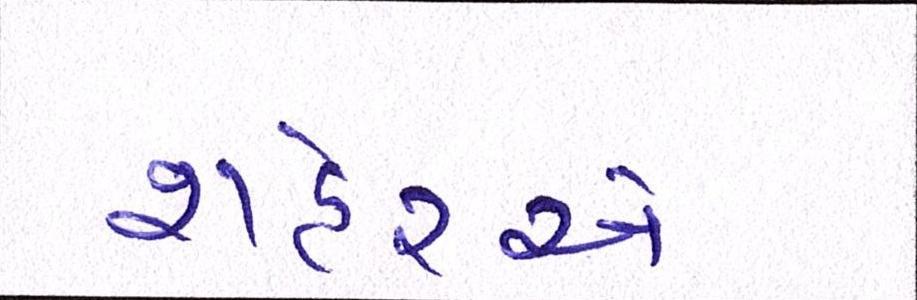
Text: શહેરએ